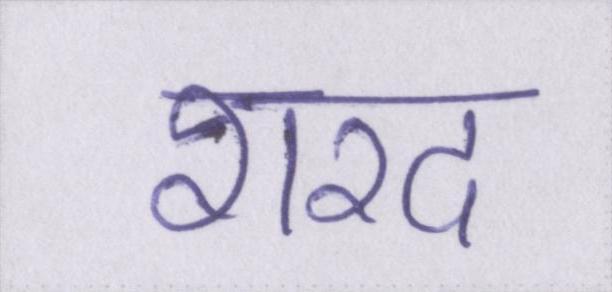
शरद